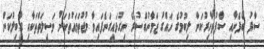
ސާފު ބޯފެނާއި ސާފުތާހިރުކަން ލިބުމުގެ ހައްގު ޒަމާނުއްސުރެ ނިގުޅައިގަނެފައިވާ މުޖުތަމައުތަކަށް ވަސީލަތްތަކާއި ގާބިލުކަން